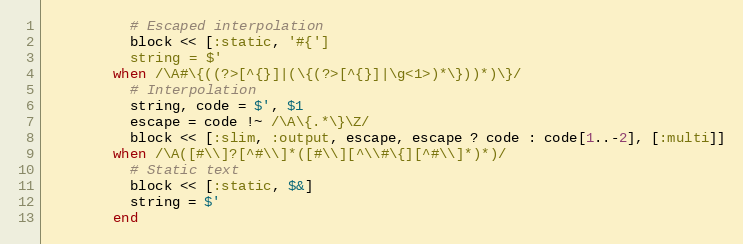
Language: Ruby
          # Escaped interpolation
          block << [:static, '#{']
          string = $'
        when /\A#\{((?>[^{}]|(\{(?>[^{}]|\g<1>)*\}))*)\}/
          # Interpolation
          string, code = $', $1
          escape = code !~ /\A\{.*\}\Z/
          block << [:slim, :output, escape, escape ? code : code[1..-2], [:multi]]
        when /\A([#\\]?[^#\\]*([#\\][^\\#\{][^#\\]*)*)/
          # Static text
          block << [:static, $&]
          string = $'
        end